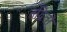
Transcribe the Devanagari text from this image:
तद्वितों